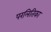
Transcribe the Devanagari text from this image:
परलितिका